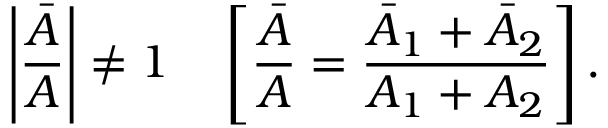
\left| { \frac { \bar { A } } { A } } \right| \neq 1 \ \ \ \left[ { \frac { \bar { A } } { A } } = { \frac { \bar { A } _ { 1 } + \bar { A } _ { 2 } } { A _ { 1 } + A _ { 2 } } } \right] .